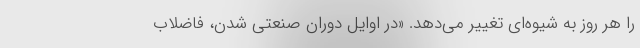
را هر روز به شیوه‌ای تغییر می‌دهد. «در اوایل دوران صنعتی شدن، فاضلاب